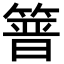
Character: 𥰸